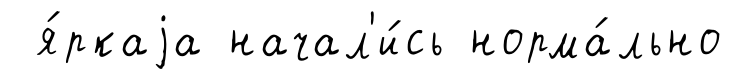
я́ркаjа начал'и́сь норма́льно